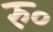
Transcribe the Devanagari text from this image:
रु॰